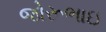
જોરૂભાઇ